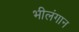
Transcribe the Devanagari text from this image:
भीलंगान